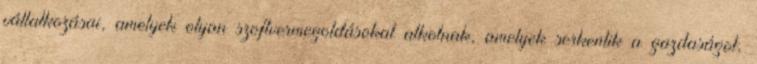
vállalkozásai, amelyek olyan szoftvermegoldásokat alkotnak, amelyek serkentik a gazdaságot,